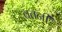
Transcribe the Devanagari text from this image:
बतनी